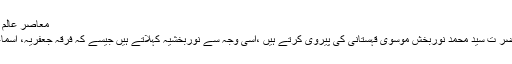
معاصر عالم علامہ محمد بشیر اس حوالے سے لکھتے ہیں :
فرقہ نوربخشیہ فقہی احکام میں سید العارفین حضر ت سید محمد نوربخش موسوی قہستانی کی پیروی کرتے ہیں ،اسی وجہ سے نوربخشیہ کہلاتے ہیں جیسے کہ فرقہ جعفریہ، اسماعلیہ، حنفیہ ، شافعیہ، مالکیہ اور حنابلہ وغیرہ ۔